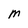
Character: M